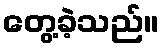
တွေ့ခဲ့သည်။